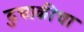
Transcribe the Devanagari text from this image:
दुचाकीचा